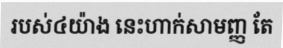
របស់៤យ៉ាង នេះហាក់សាមញ្ញ តែ